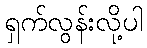
ရှက်လွန်းလို့ပါ